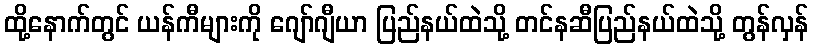
ထို့နောက်တွင် ယန်ကီများကို ဂျော်ဂျီယာ ပြည်နယ်ထဲသို့ တင်နဆီပြည်နယ်ထဲသို့ တွန်လှန်